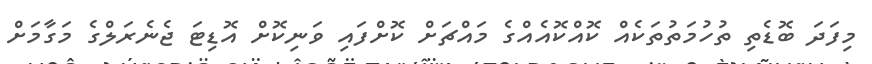
މިފަދަ ބޮޑެތި ތުހުމަތުތަކެއް ކޮއްކޮއެއްގެ މައްޗަށް ކޮށްފައި ވަނިކޮށް އޮޑިޓަ ޖެނެރަލްގެ މަގާމަށް